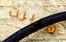
هربرت